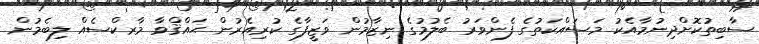
ސާބިތުކޮށްދިނުމާއެކު މަސައްކަތުގެ ފެންވަރު ބެލުމުގެ ނިޒާމުން ވަޒީފާގެ ކުރިއެރުން ޙައްޤްވާ މާރކްސެއް ލިބެމުން